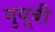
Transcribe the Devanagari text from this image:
गुयूबी